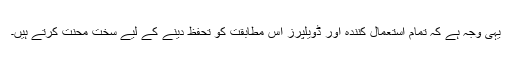
یہی وجہ ہے کہ تمام استعمال کنندہ اور ڈویلپرز اس مطابقت کو تحفظ دینے کے لیے سخت محنت کرتے ہیں۔